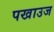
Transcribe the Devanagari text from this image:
पखाउज